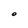
Character: O